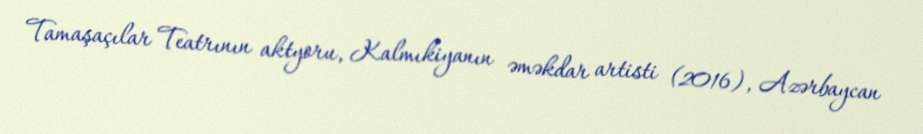
Tamaşaçılar Teatrının aktyoru, Kalmıkiyanın əməkdar artisti (2016), Azərbaycan